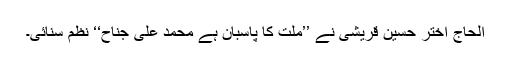
الحاج اختر حسین قریشی نے ’’ملت کا پاسبان ہے محمد علی جناحؒ‘‘ نظم سنائی۔